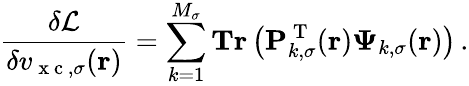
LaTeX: \frac{\delta\mathcal{L}}{\delta v_{\mathrm{~x~c~},\sigma}(\boldsymbol{\textbf{r}})}=\sum_{k=1}^{M_{\sigma}}\textbf{Tr}\left(\mathbf{P}_{k,\sigma}^{\mathrm{~T~}}(\boldsymbol{\textbf{r}})\boldsymbol{\Psi}_{k,\sigma}(\boldsymbol{\textbf{r}})\right)\, .